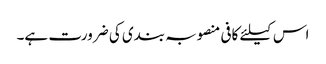
اس کیلئے کافی منصوبہ بندی کی ضرورت ہے۔